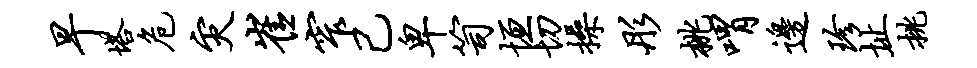
早塔危灾崔窄己卑笥垣切操彤桃喟边珍址挑